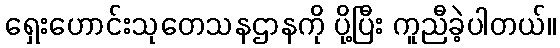
ရှေးဟောင်းသုတေသနဌာနကို ပို့ပြီး ကူညီခဲ့ပါတယ်။